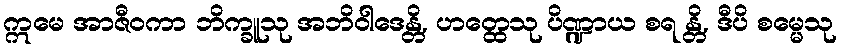
ဣမေ အာဇီဝကာ ဘိက္ခူသု အဘိဝါဒေန္တိ, ဟတ္ထေသု ပိဏ္ဍာယ စရ န္တိ, ဒီပိ စမ္မေသု